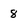
Character: 8